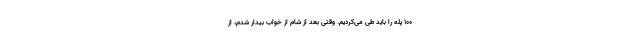
۱۰۰ پله را باید طی می‌کردیم. وقتی بعد از شام از خواب بیدار شدم، از